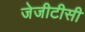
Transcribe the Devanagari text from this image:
जेजीटीसी